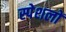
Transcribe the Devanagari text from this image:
स्पेशलों